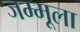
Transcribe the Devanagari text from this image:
जम्मूला